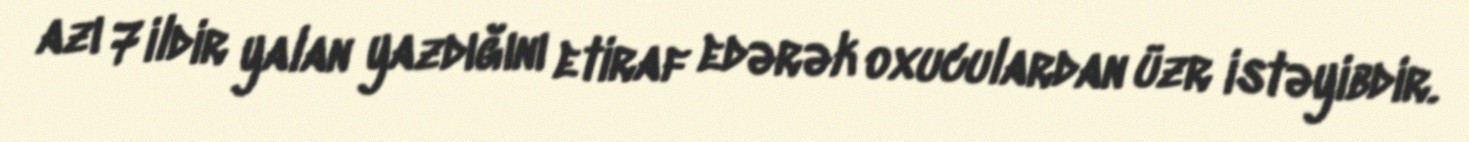
azı 7 ildir yalan yazdığını etiraf edərək oxuculardan üzr istəyibdir.